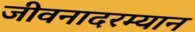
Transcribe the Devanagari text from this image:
जीवनादरम्यान